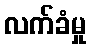
လက်ခံမှု